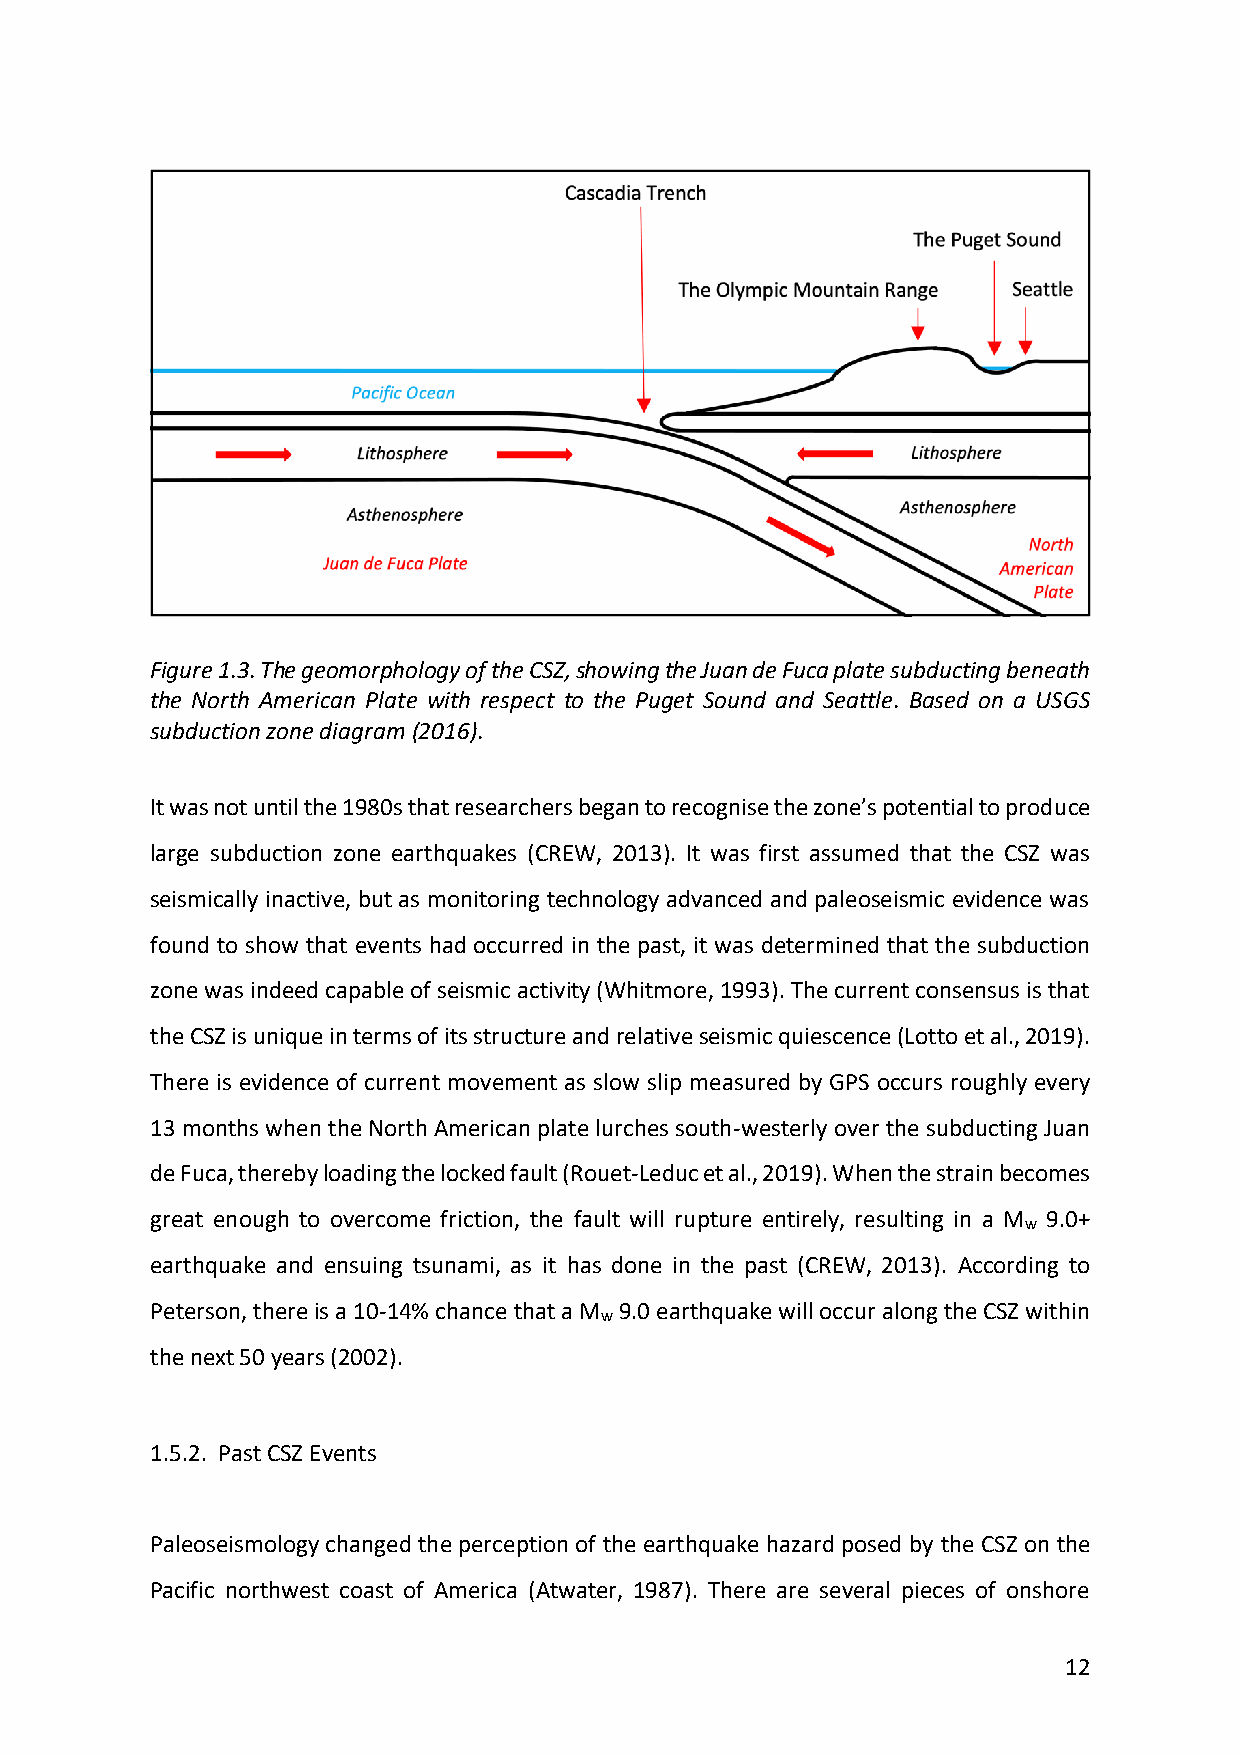
Figure 1.3. The geomorphology of the CSZ, showing the Juan de Fuca plate subducting beneath
 the North American Plate with respect to the Puget Sound and Seattle. Based on a USGS
 subduction zone diagram (2016).
 It was not until the 1980s that researchers began to recognise the zone’s potential to produce
 large subduction zone earthquakes (CREW, 2013). It was first assumed that the CSZ was
 seismically inactive, but as monitoring technology advanced and paleoseismic evidence was
 found to show that events had occurred in the past, it was determined that the subduction
 zone was indeed capable of seismic activity (Whitmore, 1993). The current consensus is that
 the CSZ is unique in terms of its structure and relative seismic quiescence (Lotto et al., 2019).
 There is evidence of current movement as slow slip measured by GPS occurs roughly every
 13 months when the North American plate lurches south-westerly over the subducting Juan
 de Fuca, thereby loading the locked fault (Rouet-Leduc et al., 2019). When the strain becomes
 great enough to overcome friction, the fault will rupture entirely, resulting in a M 9.0+
 w
 earthquake and ensuing tsunami, as it has done in the past (CREW, 2013). According to
 Peterson, there is a 10-14% chance that a M 9.0 earthquake will occur along the CSZ within
 w
 the next 50 years (2002).
 1.5.2. Past CSZ Events
 Paleoseismology changed the perception of the earthquake hazard posed by the CSZ on the
 Pacific northwest coast of America (Atwater, 1987). There are several pieces of onshore
 12